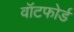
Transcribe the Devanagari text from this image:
वॉटफोर्ड